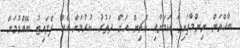
ބާއްވަން ނިންމާފައިވާ ކަމަށާއި ކޮޗިން އަށް ދަތުރު ކުރުމަށް އެއް ފްލައިޓު ބޭއްވުމަށް